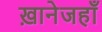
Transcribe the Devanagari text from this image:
ख़ानेजहाँ